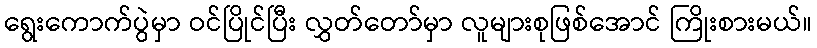
ရွေးကောက်ပွဲမှာ ဝင်ပြိုင်ပြီး လွှတ်တော်မှာ လူများစုဖြစ်အောင် ကြိုးစားမယ်။